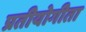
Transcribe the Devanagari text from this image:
प्रतीयोगीता